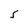
Character: S